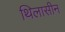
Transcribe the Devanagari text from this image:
थिलासीन